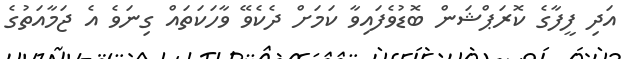
އަދި ފީފާގެ ކޮރަޕްޝަން ބޮޑުވެފައިވާ ކަމަށް ދެކެވޭ ވާހަކަތައް ގިނަވެ އެ ޖަމާއަތުގެ